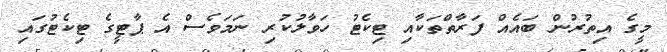
މީގެ އިތުރުން ބައެއް ފަރާތްތަކާއި ޓިކެޓު ހަވާލުކުރި ނަމަވެސް އެ ޕާޓީގެ ޓިކެޓުގައި